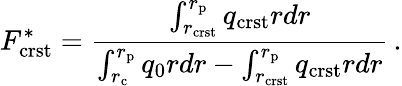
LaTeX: F_{\mathrm{crst}}^{*}=\frac{\int_{r_{\mathrm{crst}}}^{r_{\mathrm{p}}}q_{\mathrm{crst}}rdr}{\int_{r_{\mathrm{c}}}^{r_{\mathrm{p}}}q_{0}rdr-\int_{r_{\mathrm{crst}}}^{r_{\mathrm{p}}}q_{\mathrm{crst}}rdr}\, .